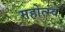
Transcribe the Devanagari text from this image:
महोत्स्व